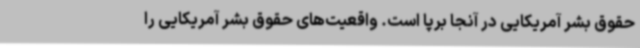
حقوق بشر آمریکایی در آنجا برپا است. واقعیت‌های حقوق بشر آمریکایی را